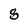
Character: 8